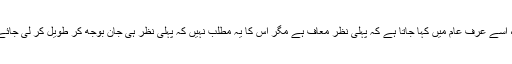
اللہ تعالیٰ کی طرف سے ایک آسانی یہ بھی ہے کہ اگر بغیر ارادہ نظر پڑھ جائے تو اس کا گناہ نہیں، اسے عرف عام میں کہا جاتا ہے کہ پہلی نظر معاف ہے مگر اس کا یہ مطلب نہیں کہ پہلی نظر ہی جان بوجھ کر طویل کر لی جائے کہ یہ معاف ہے یعنی اگر بغیر ارادہ نظر پڑ ہی گئی ہے تو اپنے دل میں کوئی برا خیال نہ آنے دو۔